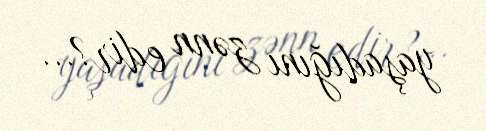
yaşadığını zənn edir?...